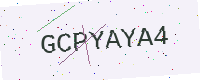
Text: GCPYAYA4